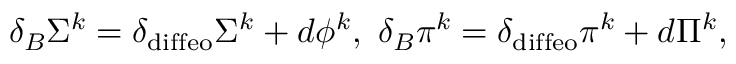
\delta _ { B } \Sigma ^ { k } = \delta _ { \mathrm { d i f f e o } } \Sigma ^ { k } + d \phi ^ { k } , ~ \delta _ { B } \pi ^ { k } = \delta _ { \mathrm { d i f f e o } } \pi ^ { k } + d \Pi ^ { k } ,